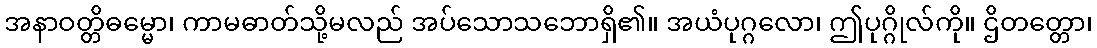
အနာဝတ္တိဓမ္မော၊ ကာမဓာတ်သို့မလည် အပ်သောသဘောရှိ၏။ အယံပုဂ္ဂလော၊ ဤပုဂ္ဂိုလ်ကို။ ဌိတတ္တော၊